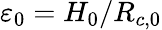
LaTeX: {\varepsilon_{0}}={H_{0}}/{R_{c,0}}